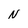
Character: N